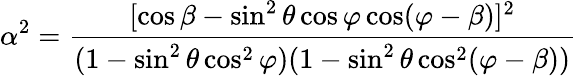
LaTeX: \alpha^{2}=\frac{[\cos\beta-\sin^{2}\theta\cos\varphi\cos(\varphi-\beta)]^{2}}{(1-\sin^{2}\theta\cos^{2}\varphi)(1-\sin^{2}\theta\cos^{2}(\varphi-\beta))}